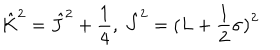
LaTeX: \hat { K } ^ { 2 } = \hat { J } ^ { 2 } + \frac 1 4 , \ \hat { J } ^ { 2 } = ( L + \frac 1 2 { \bf \sigma ) } ^ { 2 }